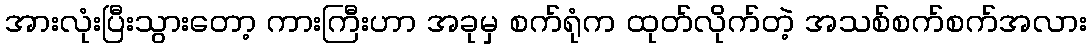
အားလုံးပြီးသွားတော့ ကားကြီးဟာ အခုမှ စက်ရုံက ထုတ်လိုက်တဲ့ အသစ်စက်စက်အလား